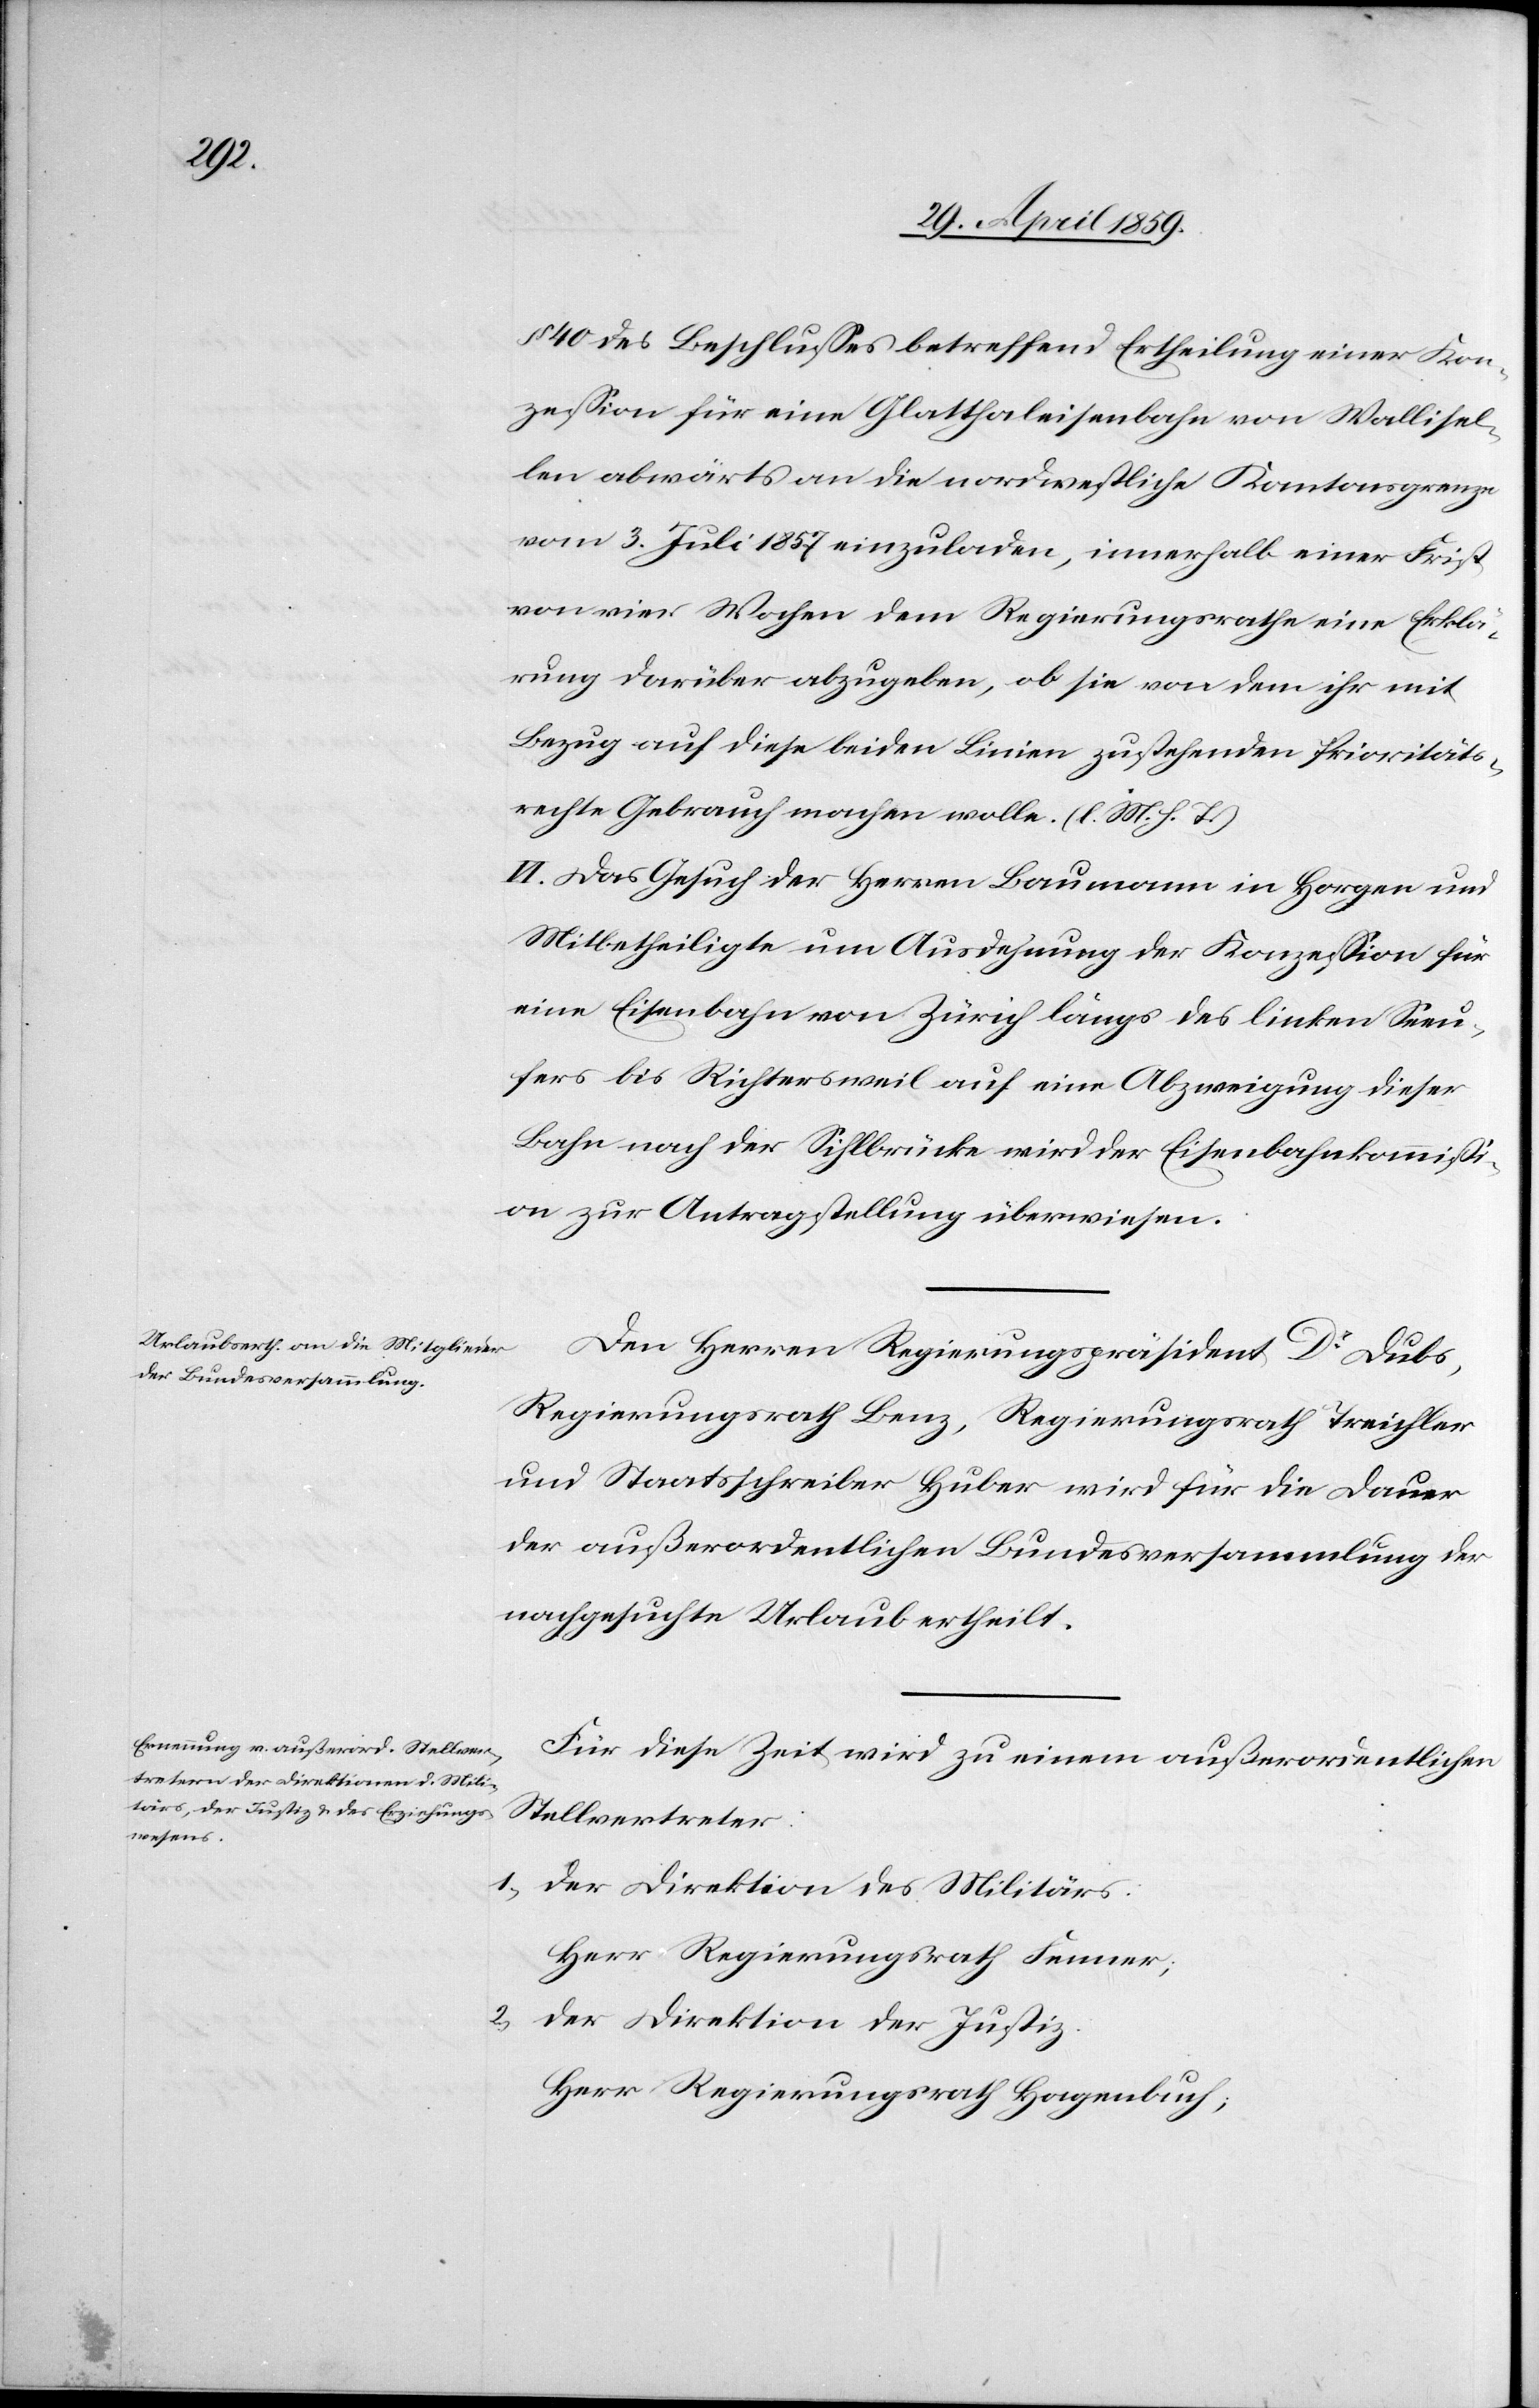
§ 40 des Beschlußes betreffend Ertheilung einer Kon¬
zeßion für eine Glatthaleisenbahn von Wallisel¬
len abwärts an die nordwestliche Kantonsgrenze
vom 3. Juli 1857 einzuladen, innerhalb einer Frist
von vier Wochen dem Regierungsrathe eine Erklä¬
rung darüber abzugeben, ob sie von dem ihr mit
Bezug auf diese beiden Linien zustehenden Prioritäts¬
rechte Gebrauch machen wolle. (l. M. h. T.)
VI. Das Gesuch der Herren Baumann in Horgen und
Mitbetheiligte um Ausdehnung der Konzeßion für
eine Eisenbahn von Zürich längs des linken Seeu¬
fers bis Richtersweil auf eine Abzweigung dieser
Bahn nach der Sihlbrücke wird der Eisenbahnkommißi¬
on zur Antragstellung überwiesen.
Den Herren Regierungspräsident Dr. Dubs,
Regierungsrath Benz, Regierungsrath Treichler
und Staatsschreiber Huber wird für die Dauer
der außerordentlichen Bundesversammlung der
nachgesuchte Urlaub ertheilt.
Für diese Zeit wird zu einem außerordentlichen
Stellvertreter:
1) der Direktion des Militärs:
Herr Regierungsrath Fenner;
der Direktion der Justiz:
Herr Regierungsrath Hagenbuch;